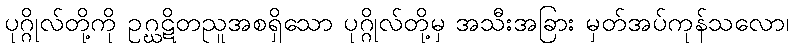
ပုဂ္ဂိုလ်တို့ကို ဥဂ္ဃဋိတညူအစရှိသော ပုဂ္ဂိုလ်တို့မှ အသီးအခြား မှတ်အပ်ကုန်သလော၊